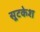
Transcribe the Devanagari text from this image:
सूटकेश